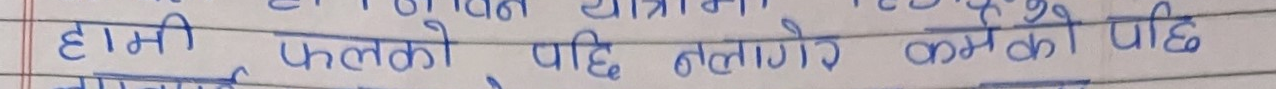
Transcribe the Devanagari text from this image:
हामी फलको पछि नलागेर कर्मको पछि